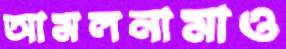
আমলনামাও